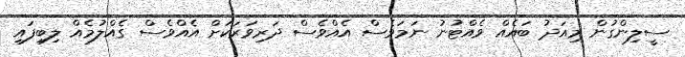
ސީލިންގުން މިއަދު ބައެއް ވެެއްޓުނު ނަމަވެސް އެއްވެސް ދަރިވަރަކަށް އެއްވެސް ގެއްލުމެއް ލިބިފައި